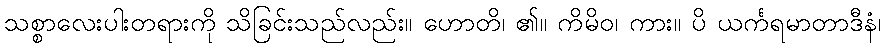
သစ္စာလေးပါးတရားကို သိခြင်းသည်လည်း။ ဟောတိ၊ ၏။ ကိမိဝ၊ ကား။ ပိ ယင်္ကရမာတာဒီနံ၊